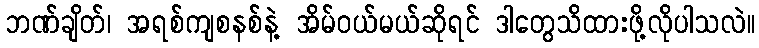
ဘဏ်ချိတ်၊ အရစ်ကျစနစ်နဲ့ အိမ်ဝယ်မယ်ဆိုရင် ဒါတွေသိထားဖို့လိုပါသလဲ။